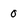
Character: 0